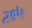
يلوح